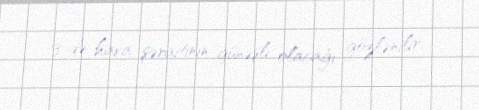
13-də hava şəraitinin günəşli olacağı gözlənilir.